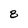
Character: 8